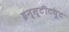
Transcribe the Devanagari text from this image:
इन्‍स्‍टीटयूट